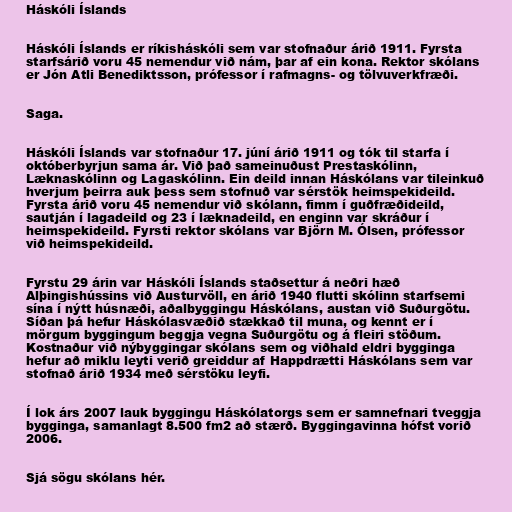
Háskóli Íslands

Háskóli Íslands er ríkisháskóli sem var stofnaður árið 1911. Fyrsta
starfsárið voru 45 nemendur við nám, þar af ein kona. Rektor skólans
er Jón Atli Benediktsson, prófessor í rafmagns- og tölvuverkfræði.

Saga.

Háskóli Íslands var stofnaður 17. júní árið 1911 og tók til starfa í
októberbyrjun sama ár. Við það sameinuðust Prestaskólinn,
Læknaskólinn og Lagaskólinn. Ein deild innan Háskólans var tileinkuð
hverjum þeirra auk þess sem stofnuð var sérstök heimspekideild.
Fyrsta árið voru 45 nemendur við skólann, fimm í guðfræðideild,
sautján í lagadeild og 23 í læknadeild, en enginn var skráður í
heimspekideild. Fyrsti rektor skólans var Björn M. Ólsen, prófessor
við heimspekideild.

Fyrstu 29 árin var Háskóli Íslands staðsettur á neðri hæð
Alþingishússins við Austurvöll, en árið 1940 flutti skólinn starfsemi
sína í nýtt húsnæði, aðalbyggingu Háskólans, austan við Suðurgötu.
Síðan þá hefur Háskólasvæðið stækkað til muna, og kennt er í
mörgum byggingum beggja vegna Suðurgötu og á fleiri stöðum.
Kostnaður við nýbyggingar skólans sem og viðhald eldri bygginga
hefur að miklu leyti verið greiddur af Happdrætti Háskólans sem var
stofnað árið 1934 með sérstöku leyfi.

Í lok árs 2007 lauk byggingu Háskólatorgs sem er samnefnari tveggja
bygginga, samanlagt 8.500 fm2 að stærð. Byggingavinna hófst vorið
2006.

Sjá sögu skólans hér.